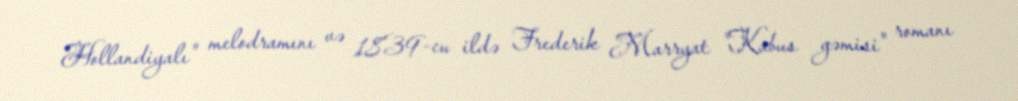
Hollandiyalı" melodramını və 1839-cu ildə Frederik Marryat "Kabus gəmisi" romanı